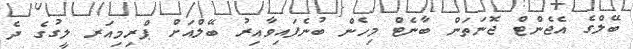
ބޭލްގެ އެޖެންޓް ޖޮނަތަން ބާނެޓް މިހެން ބުނެފައިވާއިރު ބޭލްއަށް ޕްރިމިއަރ ލީގުގެ ދެ